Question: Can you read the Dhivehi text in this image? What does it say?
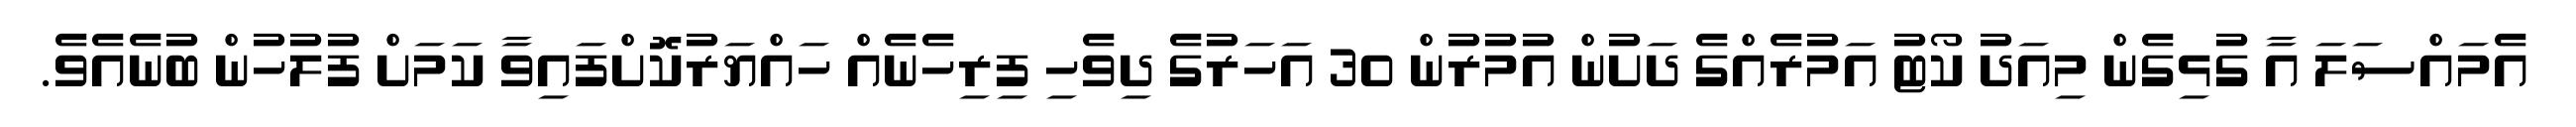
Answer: އެމައްސަލަ އާ ގުޅިގެން މިއަދު ކޯޓު އަމުރެއްގެ ދަށުން އުމުރުން 30 އަހަރުގެ ދިވެހި ފިރިހެނެއް ހައްޔަރުކޮށްފައިވާ ކަމަށް ފުލުހުން ބުނެއެވެ.